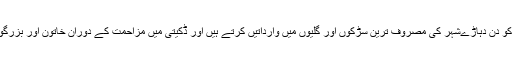
المیہ یہ ہے کہ سفاک ڈاکو دن دہاڑےشہر کی مصروف ترین سڑکوں اور گلیوں میں وارداتیں کرتے ہیں اور ڈکیتی میں مزاحمت کے دوران خاتون اور بزرگوں کوبھی نہیں بخشتے ۔